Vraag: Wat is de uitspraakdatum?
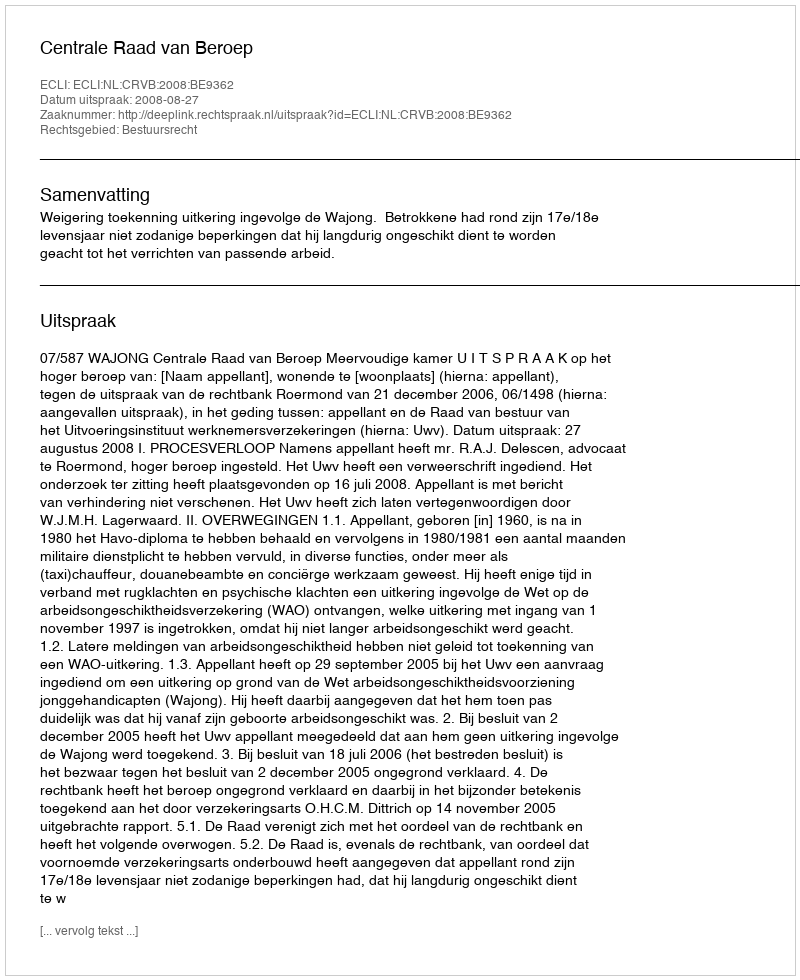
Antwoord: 2008-08-27